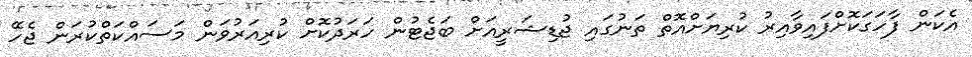
އެކަން ފާހަގަކޮށްފައިވާއިރު ކުރިޔަށްއޮތް ތަނުގައި ޖުޑިޝަރީއަށް ބަޖެޓުން ހަރަދުކޮށް ކުރިއަރުވަން މަސައްކަތްކުރަން ޖެހޭ